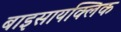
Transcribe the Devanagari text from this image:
बाइसायक्लिक